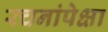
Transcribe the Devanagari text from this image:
रचनांपेक्षा